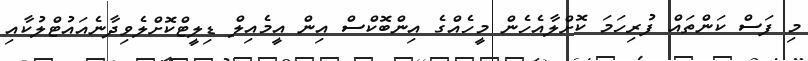
މި ފަސް ކަންތައް ފުރިހަމަ ކޮށްލާއެހެން މީހެއްގެ އިންބޮކްސް އިން އީމެއިލް ޑިލީޓްކޮށްލެވިދާނެއައުޓްލުކާއި